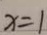
x = 1